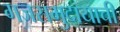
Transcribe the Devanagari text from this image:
गजसमुदायाची